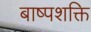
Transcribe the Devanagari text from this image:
बाष्पशक्ति